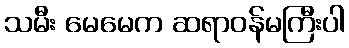
သမီး မေမေက ဆရာဝန်မကြီးပါ